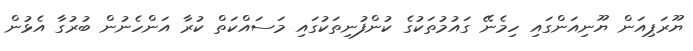
ޔޫރަޕިއަން ޔޫނިއަންގައި ހިމެނޭ ގައުމުތަކުގެ ކުންފުނިތަކުގައި މަސައްކަތް ކުރާ އަންހެނުން ބުރުގާ އެޅުން